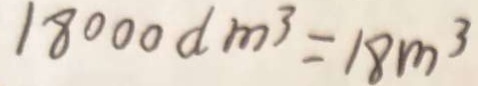
1 8 0 0 0 d m ^ { 3 } = 1 8 m ^ { 3 }